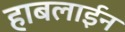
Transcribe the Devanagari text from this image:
हाबलाईन